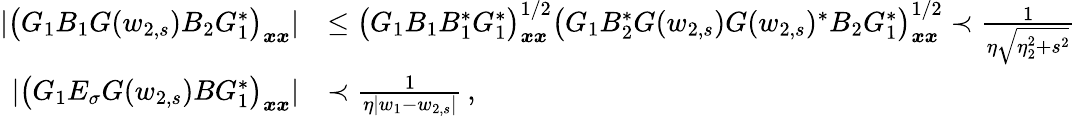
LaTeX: \begin{array}{rl}{|\big(G_{1}B_{1}G(w_{2,s})B_{2}G_{1}^{*}\big)_{\boldsymbol{x}\boldsymbol{x}}|}&{\le\big(G_{1}B_{1}B_{1}^{*}G_{1}^{*}\big)_{\boldsymbol{x}\boldsymbol{x}}^{1/2}\big(G_{1}B_{2}^{*}G(w_{2,s})G(w_{2,s})^{*}B_{2}G_{1}^{*}\big)_{\boldsymbol{x}\boldsymbol{x}}^{1/2}\prec\frac{1}{\eta\sqrt{\eta_{2}^{2}+s^{2}}}}\\ {|\big(G_{1}E_{\sigma}G(w_{2,s})BG_{1}^{*}\big)_{\boldsymbol{x}\boldsymbol{x}}|}&{\prec\frac{1}{\eta|w_{1}-w_{2,s}|}\, ,}\end{array}